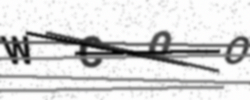
Text: WCOO